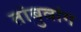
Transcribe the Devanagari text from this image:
तांबुवांग